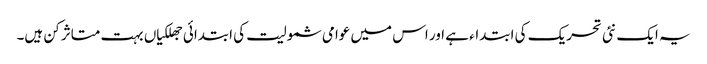
یہ ایک نئی تحریک کی ابتداء ہے اور اس میں عوامی شمولیت کی ابتدائی جھلکیاں بہت متاثر کن ہیں۔